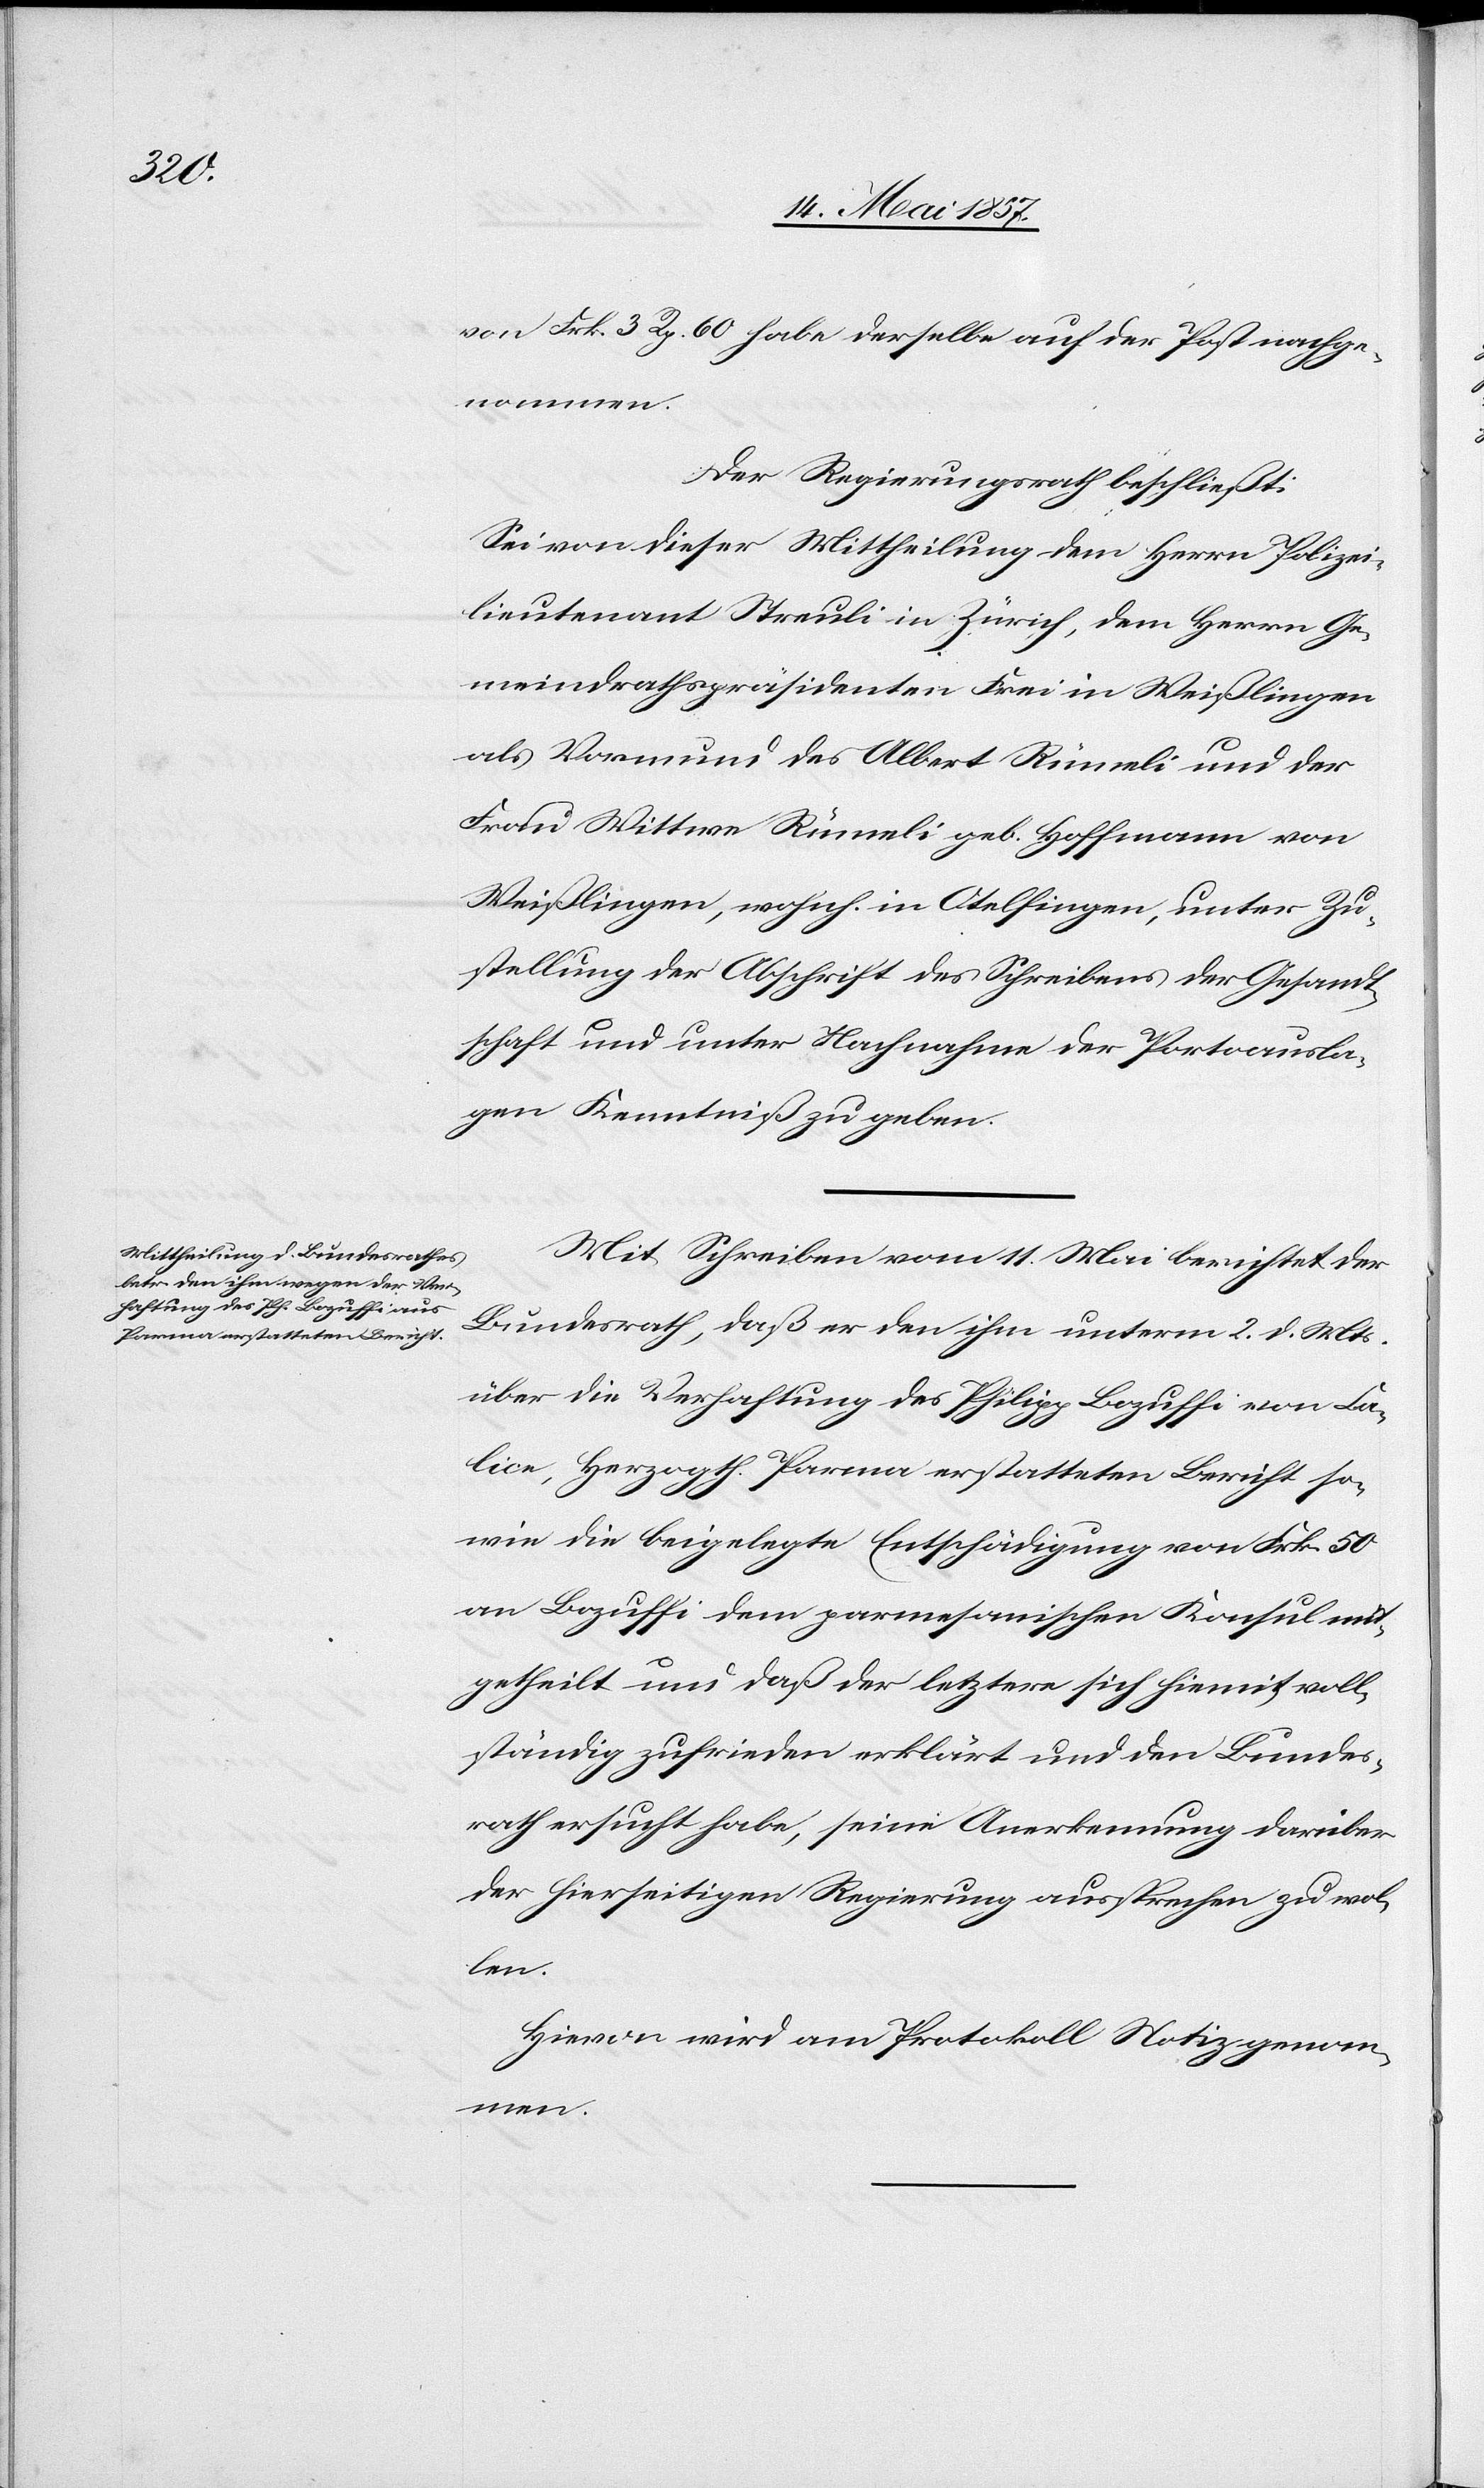
von Frk. 3 Rp. 60 habe derselbe auf die Post nachge¬
nommen.
Der Regierungsrath beschließt:
Sei von dieser Mittheilung dem Herrn Polizei¬
lieutnant Streuli in Zürich, dem Herrn Ge¬
meindrathspräsidenten Frei in Weißlingen
als Vormund des Albert Rümeli und der
Frau Wittwe Rümeli geb. Hoffmann von
Weißlingen, wohnh. in Otelfingen, unter Zu¬
stellung der Abschrift des Schreibens der Gesandt¬
schaft und unter Nachnahme der Portoausla¬
gen Kenntniß zu geben.
Mit Schreiben vom 11 Mai berichtet der
Bundesrath, daß er den ihm unterm 2 d. Mts.
über die Verhaftung des Philipp Bozuffi von Ca¬
lice, Herzogth. Parma erstatteten Bericht so¬
wie die beigelegte Entschädigung von Frk. 50
an Bozuffi dem parmesanischen Konsul mit¬
getheilt und daß der letztere sich hiemit voll¬
ständig zufrieden erklärt und den Bundes¬
rath ersucht habe, seine Anerkennung darüber
der hierseitigen Regierung aussprechen zu wol¬
len.
Hievon wird am Protokoll Notiz genom¬
men.